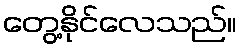
တွေ့နိုင်လေသည်။